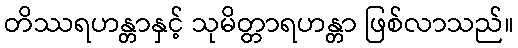
တိဿရဟန္တာနှင့် သုမိတ္တာရဟန္တာ ဖြစ်လာသည်။